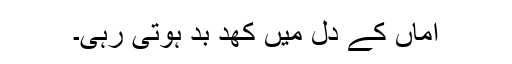
اماں کے دل میں کُھد بُد ہوتی رہی۔